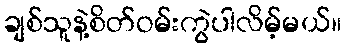
ချစ်သူနဲ့စိတ်ဝမ်းကွဲပါလိမ့်မယ်။